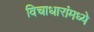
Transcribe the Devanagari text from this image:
विचाधारांमध्ये